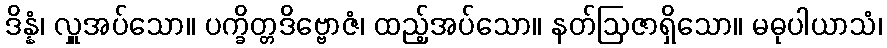
ဒိန္နံ၊ လှူအပ်သော။ ပက္ခိတ္တဒိဗ္ဗောဇံ၊ ထည့်အပ်သော။ နတ်ဩဇာရှိသော။ မဓုပါယာသံ၊